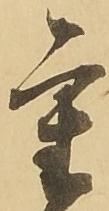
重